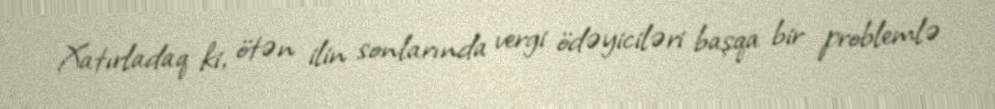
Xatırladaq ki, ötən ilin sonlarında vergi ödəyiciləri başqa bir problemlə